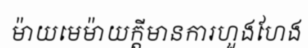
ម៉ាយមេម៉ាយក្តីមានការហួងហែង